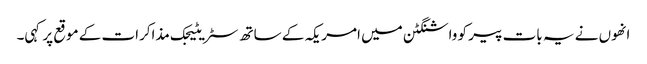
انھوں نے یہ بات پیر کو واشنگٹن میں امریکہ کے ساتھ سٹریٹیجک مذاکرات کے موقع پر کہی۔